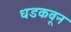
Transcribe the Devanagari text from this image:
धडकवून